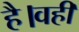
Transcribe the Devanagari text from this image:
है।वहीं